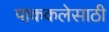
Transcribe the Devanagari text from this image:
पाककलेसाठी